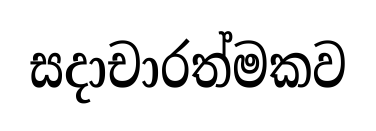
සදාචාරත්මකව